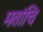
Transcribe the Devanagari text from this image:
मतांचि